Vaccine operations Central Provinces & Berar 1912-1920 - 1912-1920
Year: 1912
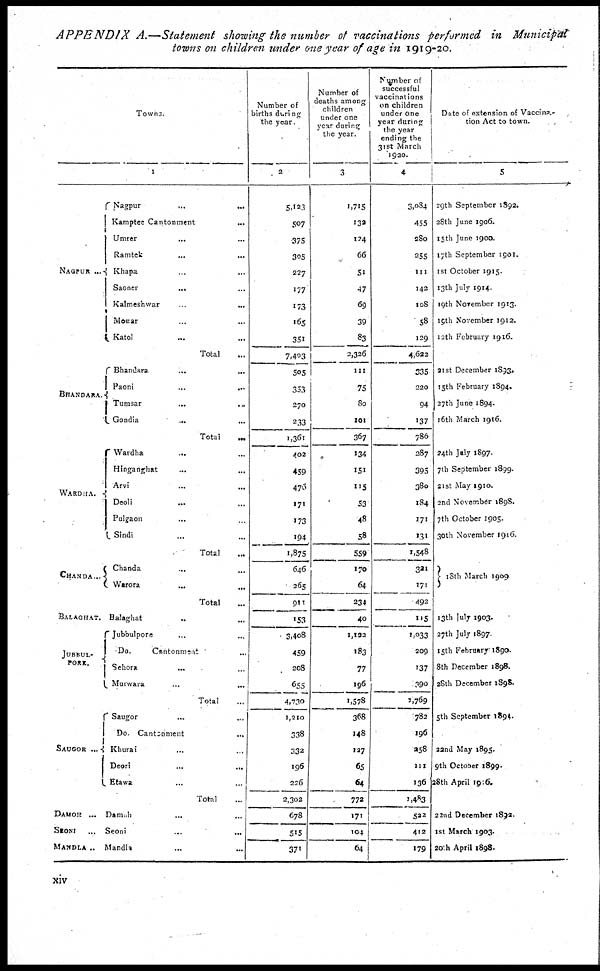
APPENDIX
A.—Statement showing the number of vaccinations performed in Municipal
towns on children under one year of age in 1919-20.
Towns.
1
NAGPUR ...
BHANDARA.
WARDHA.
CHANDA...
BALAGHAT.
JUBBUL-
PORE.
SAUGOR ...
DAMOH
...
SEONI...
MANDLA ..
Nagpur...
...
Kamptee
Cantonment...
Umrer... ...
Ramtek...
...
Khapa... ...
Saoner...
...
Kalmeshwar... ...
Mowar... ...
Katol... ...
Total...
Bhandara... ...
Paoni...
...
Tumsar...
...
Gondia... ...
Total...
Wardha... ...
Hinganghat...
...
Arvi... ...
Deoli... ...
Pulgaon... ...
Sindi... ...
Total...
Chanda... ...
Warora... ...
Total... ...
Balaghat... ...
Jubbulpore.. ...
Do.
Cantonment...
Sehora... ...
Murwara... ...
Total...
Saugor... ...
Do.
Cantonment...
Khurai... ...
Deori...
...
Etawa... ...
Total...
Damoh... ...
Seoni... ...
Mandla... ...
Number of
births during
the year.
2
5,123
507
375
305
227
177
173
165
351
7,403
505
353
270
233
1,361
402
459
476
171
173
194
1,875
646
265
911
153
3,408
459
208
655
4,730
1,210
338
332
196
236
2,302
678
515
371
Number of
deaths among
children
under one
year during
the year.
3
1,715
132
124
66
51
47
69
39
83
2,326
111
75
80
101
367
134
151
115
53
48
58
559
170
64
234
40
1,132
183
77
196
1,578
368
148
127
65
64
772
171
104
64
Number of
successful
vaccinations
on children
under one
year during
the year
ending the
31st March
1920.
4
3,084
455
280
255
111
142
108
58
129
4,622
335
220
94
137
786
287
395
380
184
171
131
1,548
321
171
492
115
1,033
209
137
390
3,769
782
196
258
111
136
1,483
522
412
179
Date of extension of Vaccina-
tion Act to town.
5
29th September 1892.
28th June 1906.
15th June 1900.
17th September 1901.
1st October 1915.
13th July 1914.
19th November 1913.
19th November 1912.
12th February 1916.
21st December 1893.
15th February 1894.
27th June 1894.
16th March 1916.
24th July 1897.
7th September 1899.
21st May 1910.
2and November 1898.
7th October 1905.
30th November 1916.
13th March 1909
13th July 1903.
27th July 1897.
15th February 1890.
8th December 1898.
28th December 1898.
5th September 1894.
22nd May 1895.
9th October 1899.
28th April 1906.
22nd December 1892.
1st March 1903.
20th April 1898.
xiv